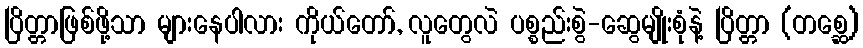
ပြိတ္တာဖြစ်ဖို့သာ များနေပါလား ကိုယ်တော်, လူတွေလဲ ပစ္စည်းစွဲ-ဆွေမျိုးစုံနဲ့ ပြိတ္တာ (တစ္ဆေ)